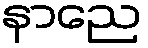
နာညေ